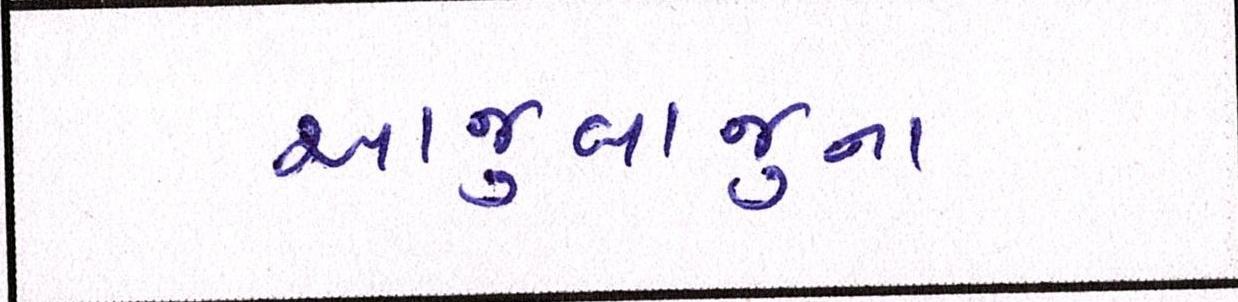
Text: આજુબાજુના